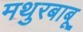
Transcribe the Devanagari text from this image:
मथुरबाबू